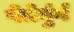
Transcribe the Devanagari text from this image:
पेतेर्बुर्ग